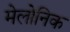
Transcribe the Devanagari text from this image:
मेलोनिक